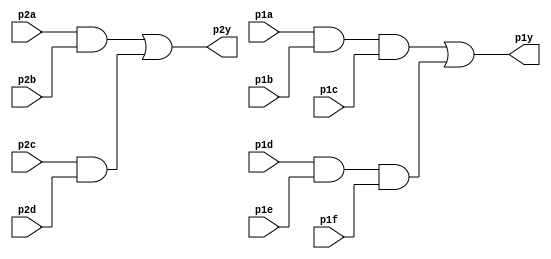
module top_module ( 
    input p1a, p1b, p1c, p1d, p1e, p1f,
    output p1y,
    input p2a, p2b, p2c, p2d,
    output p2y );
	wire a1,a2,a3,a4;
    and and1 (a1, p1a, p1b, p1c);
    and and2 (a2, p1d, p1e, p1f);
    and and3 (a3, p2a, p2b);
    and and4 (a4, p2c, p2d);
    or or1 (p1y, a1, a2);
    or or2 (p2y, a3, a4);

endmodule